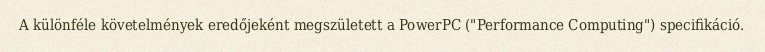
A különféle követelmények eredőjeként megszületett a PowerPC ("Performance Computing") specifikáció.